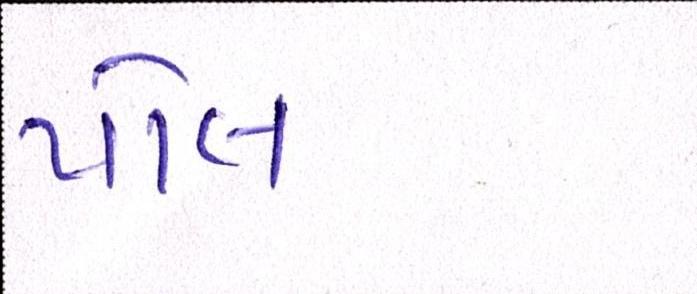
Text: પોલ